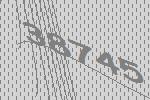
38745